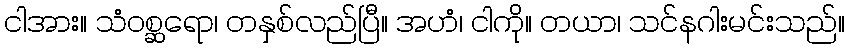
ငါအား။ သံဝစ္ဆရော၊ တနှစ်လည်ပြီ။ အဟံ၊ ငါကို။ တယာ၊ သင်နဂါးမင်းသည်။